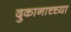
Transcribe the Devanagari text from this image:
दुकानाच्च्या